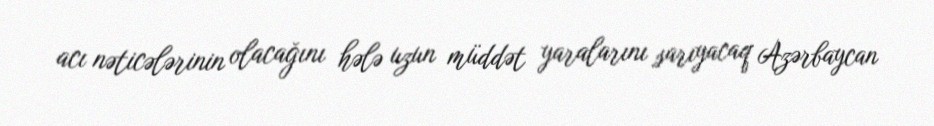
acı nəticələrinin olacağını hələ uzun müddət yaralarını sarıyacaq Azərbaycan